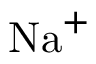
\mathrm { N a } ^ { + }